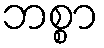
ဘစ္စာ